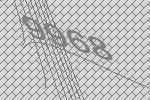
9968